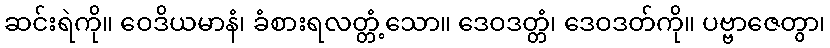
ဆင်းရဲကို။ ဝေဒိယမာနံ၊ ခံစားရလတ္တံ့သော။ ဒေဝဒတ္တံ၊ ဒေဝဒတ်ကို။ ပဗ္ဗာဇေတွာ၊